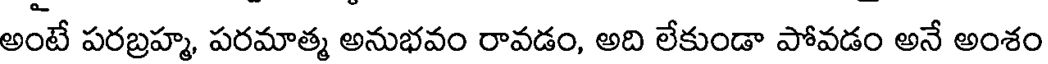
అంటే పరబ్రహ్మ, పరమాత్మ అనుభవం రావడం, అది లేకుండా పోవడం అనే అంశం